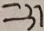
= 3 7